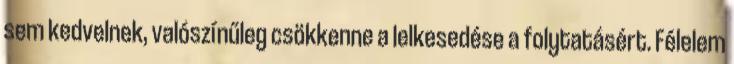
sem kedvelnek, valószínűleg csökkenne a lelkesedése a folytatásért. Félelem